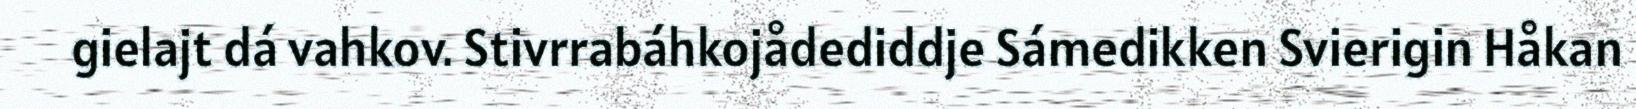
gielajt dá vahkov. Stivrrabáhkojådediddje Sámedikken Svierigin Håkan